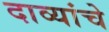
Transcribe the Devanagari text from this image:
दाव्यांचे